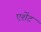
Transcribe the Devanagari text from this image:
एशेंट